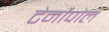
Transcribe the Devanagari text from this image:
टेर्नोपोल